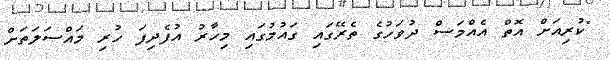
"ކުރިއަށް އޮތް އެއްމަސް ދުވަހުގެ ތެރޭގައި ގައުމުގައި މިހާރު އުފެދިފަ ހުރި މައްސަލަތަށް